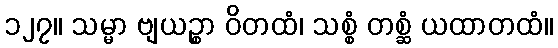
၁၂၇။ သမ္မာ ဗျယဉ္စာ ဝိတထံ၊ သစ္စံ တစ္ဆံ ယထာတထံ။